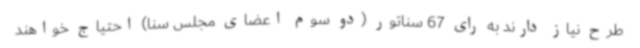
طرح نیاز دارند به رای 67 سناتور (دو سوم اعضای مجلس سنا) احتیاج خواهند